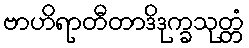
ဗာဟိရာတီတာဒိဒုက္ခသုတ္တံ